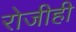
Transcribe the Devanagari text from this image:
रोजीही